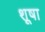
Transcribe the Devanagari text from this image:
शूषा